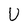
Character: U